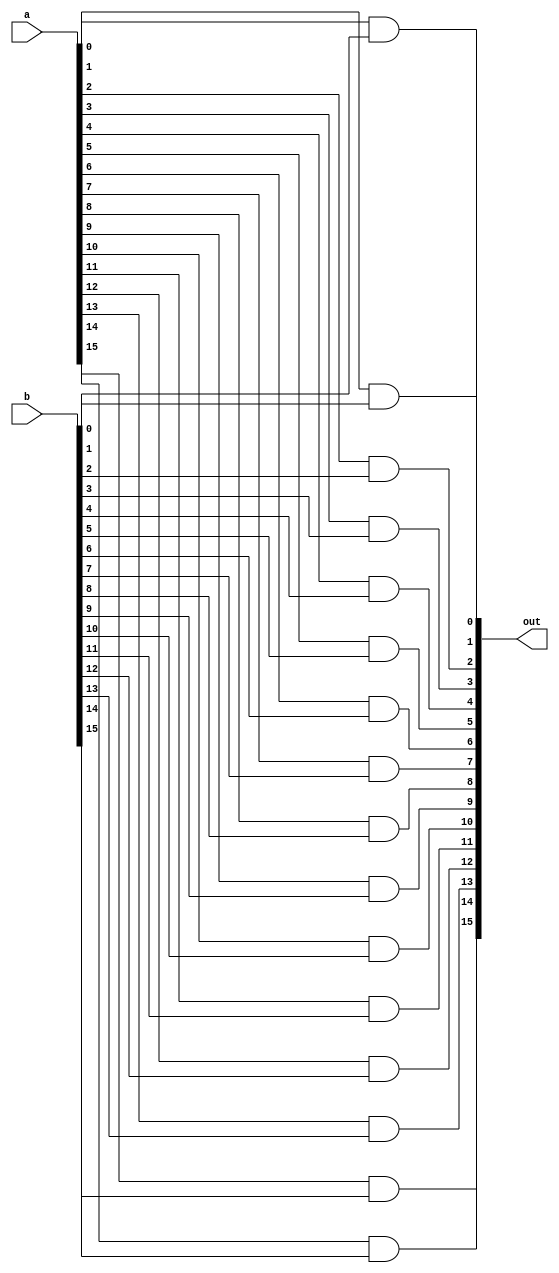
/* mdulo And16 */

`ifndef _And16_
`define _And16_


module And16(out, a, b);
    // Declarando as entradas/saidas
    input [15:0] a, b;
    output [15:0] out;

    // Conexoes internas do modulo
    and and0(out[0], a[0], b[0]);
    and and1(out[1], a[1], b[1]);
    and and2(out[2], a[2], b[2]);
    and and3(out[3], a[3], b[3]);
    and and4(out[4], a[4], b[4]);
    and and5(out[5], a[5], b[5]);
    and and6(out[6], a[6], b[6]);
    and and7(out[7], a[7], b[7]);
    and and8(out[8], a[8], b[8]);
    and and9(out[9], a[9], b[9]);
    and and10(out[10], a[10], b[10]);
    and and11(out[11], a[11], b[11]);
    and and12(out[12], a[12], b[12]);
    and and13(out[13], a[13], b[13]);
    and and14(out[14], a[14], b[14]);
    and and15(out[15], a[15], b[15]);

endmodule

`endif